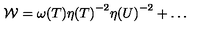
{ \cal W } = { \omega ( T ) } { \eta ( T ) } ^ { - 2 } { \eta ( U ) } ^ { - 2 } + { \dots }